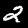
Label: 2